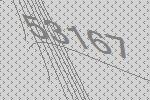
53167